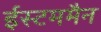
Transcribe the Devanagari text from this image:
ईस्टममैन